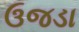
ઉજડા